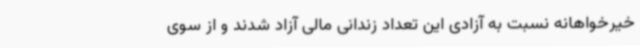
خیرخواهانه نسبت به آزادی این تعداد زندانی مالی آزاد شدند و از سوی